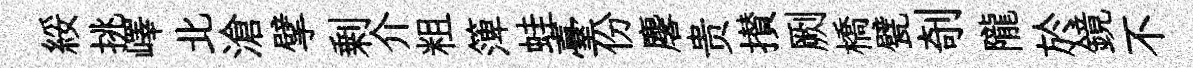
綏挑嶧北滄擘剰介粗𥱼蛙臺份麐贵攅劂橋甓剞隴於鏡不